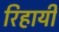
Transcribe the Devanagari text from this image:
रिहायी